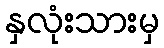
နှလုံးသားမှ